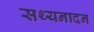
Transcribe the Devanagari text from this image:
सथ्यनादन